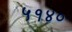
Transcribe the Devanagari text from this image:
५१४०